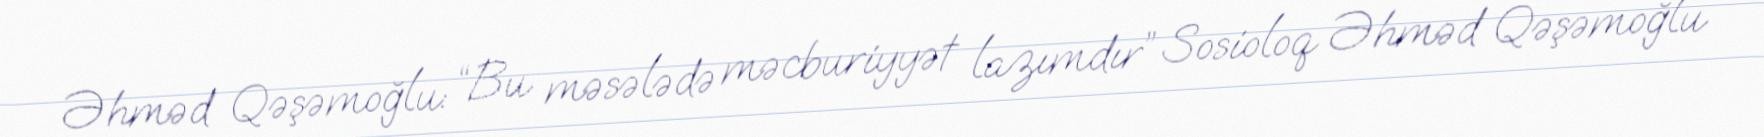
Əhməd Qəşəmoğlu: “Bu məsələdə məcburiyyət lazımdır” Sosioloq Əhməd Qəşəmoğlu